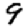
Digit: 9